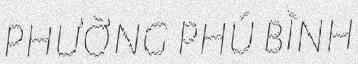
PHƯỜNG PHÚ BÌNH